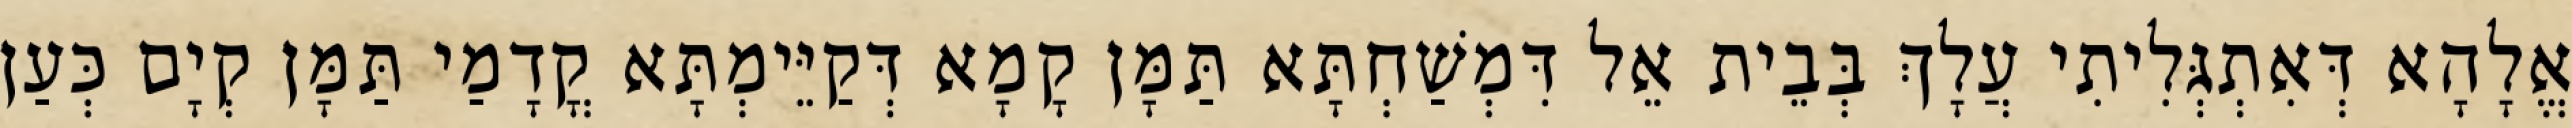
אֱלָהָא דְּאִתְגְּלִיתִי עֲלָךְ בְּבֵית אֵל דִּמְשַׁחְתָּא תַּמָּן קָמָא דְּקַיֵּימְתָּא קֳדָמַי תַּמָּן קְיָם כְּעַן